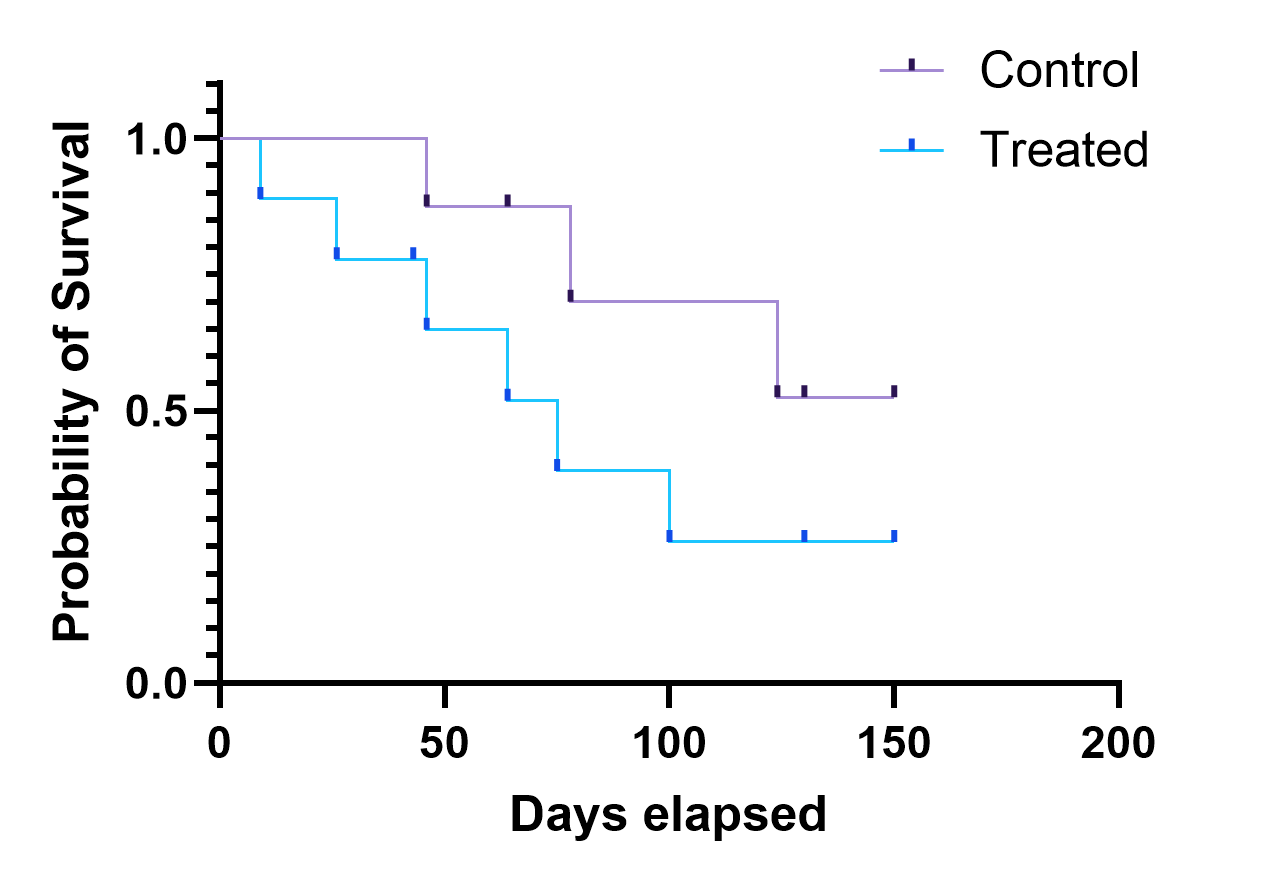
graphpad, survival, two groups, staircase with ticks